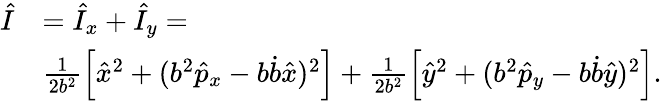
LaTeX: \begin{array}{rl}{\hat{I}}&{=\hat{I}_{x}+\hat{I}_{y}=}\\ &{\frac{1}{2b^{2}}\left[\hat{x}^{2}+(b^{2}\hat{p}_{x}-b\dot{b}\hat{x})^{2}\right]+\frac{1}{2b^{2}}\left[\hat{y}^{2}+(b^{2}\hat{p}_{y}-b\dot{b}\hat{y})^{2}\right].}\end{array}